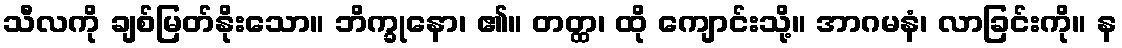
သီလကို ချစ်မြတ်နိုးသော။ ဘိက္ခုနော၊ ၏။ တတ္ထ၊ ထို ကျောင်းသို့။ အာဂမနံ၊ လာခြင်းကို။ န